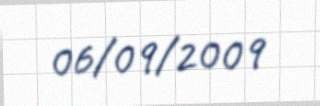
06/09/2009